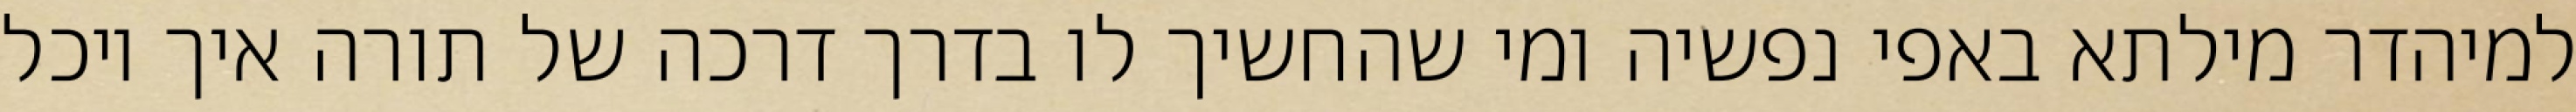
למיהדר מילתא באפי נפשיה ומי שהחשיך לו בדרך דרכה של תורה איך יוכל